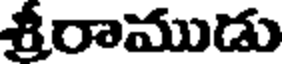
శ్రీరాముడు